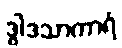
ဒွါဒသာကာရံ